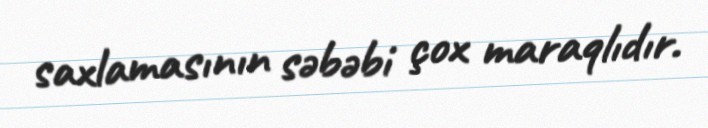
saxlamasının səbəbi çox maraqlıdır.